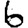
Digit: 6